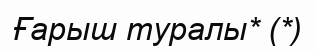
Ғарыш туралы* (*)